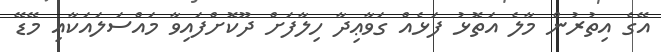
އޭގެ އިތުރުން މާލެ އަތޮޅު ފަޅެއް ގަވާޢިދާ ހިލާފަށް ދޫކޮށްފައިވާ މައްސަލައަކާއި މޭޑޭ